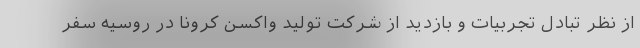
از نظر تبادل تجربیات و بازدید از شرکت تولید واکسن کرونا در روسیه سفر